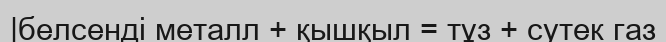
|белсенді металл + қышқыл = тұз + сутек газ